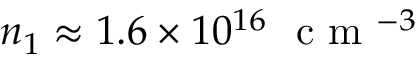
n _ { 1 } \approx 1 . 6 \times 1 0 ^ { 1 6 } ~ \mathrm { ~ c ~ m ~ } ^ { - 3 }